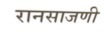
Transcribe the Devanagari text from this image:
रानसाजणी